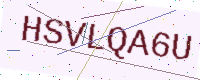
Text: HSVLQA6U